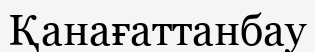
Қанағаттанбау